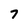
Character: 7